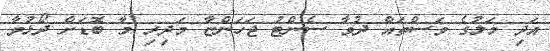
އަދި މަލުގެ ވަސްތައް ދުވާ ސެންޓު ޖަހަންޏާ މަދިރި މާ ބޮޑަށް ދޯޅުވާ